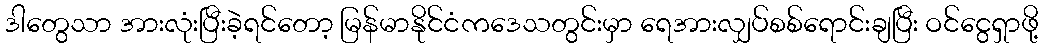
ဒါတွေသာ အားလုံးပြီးခဲ့ရင်တော့ မြန်မာနိုင်ငံကဒေသတွင်းမှာ ရေအားလျှပ်စစ်ရောင်းချပြီး ဝင်ငွေရှာဖို့